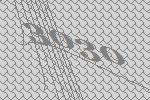
3030